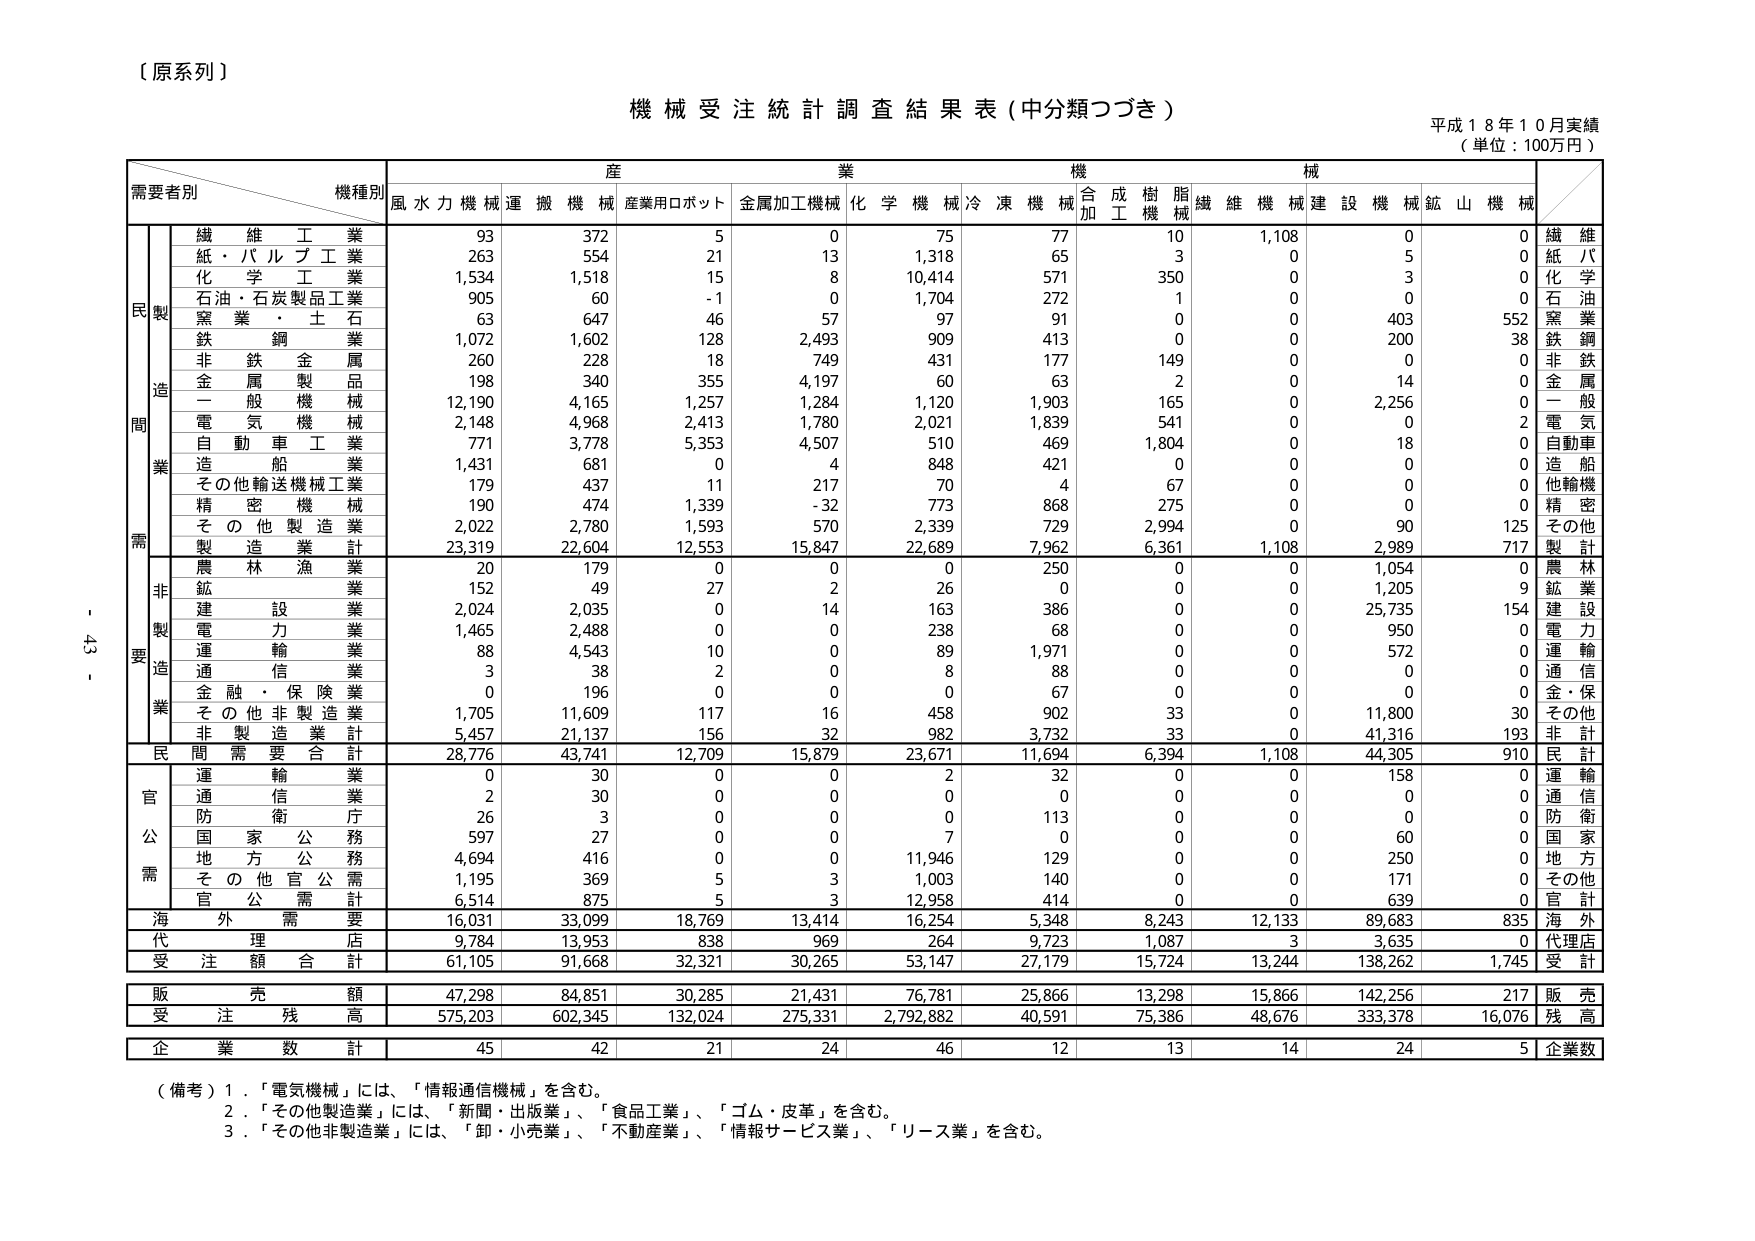
【原系列】

機械受注統計調査結果表（中分類つづき）

平成１８年１０月実績
（単位：100万円）

需要者別　機種別　産業機械
　　　　　　　風水力機械　運搬機械　産業用ロボット　金属加工機械　化学機械　冷凍機械　合成樹脂機械　繊維機械　建設機械　鉱山機械